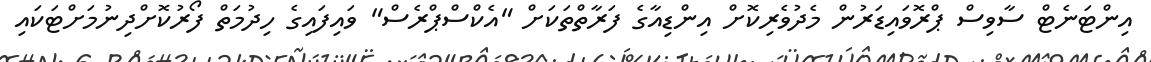
އިންޓަނެޓް ސާވިސް ޕްރޮވައިޑަރުން މެދުވެރިކޮށް އިންޑިއާގެ ފަރާތްތަކަށް "އެކްސްޕްރެސް" ވައިފައިގެ ހިދުމަތް ފޯރުކޮށްދިނުމަށްޓަކައި